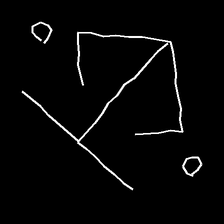
Glyph: earth